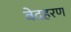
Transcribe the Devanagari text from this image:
वेदहरण